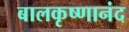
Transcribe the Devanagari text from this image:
बालकृष्णानंद